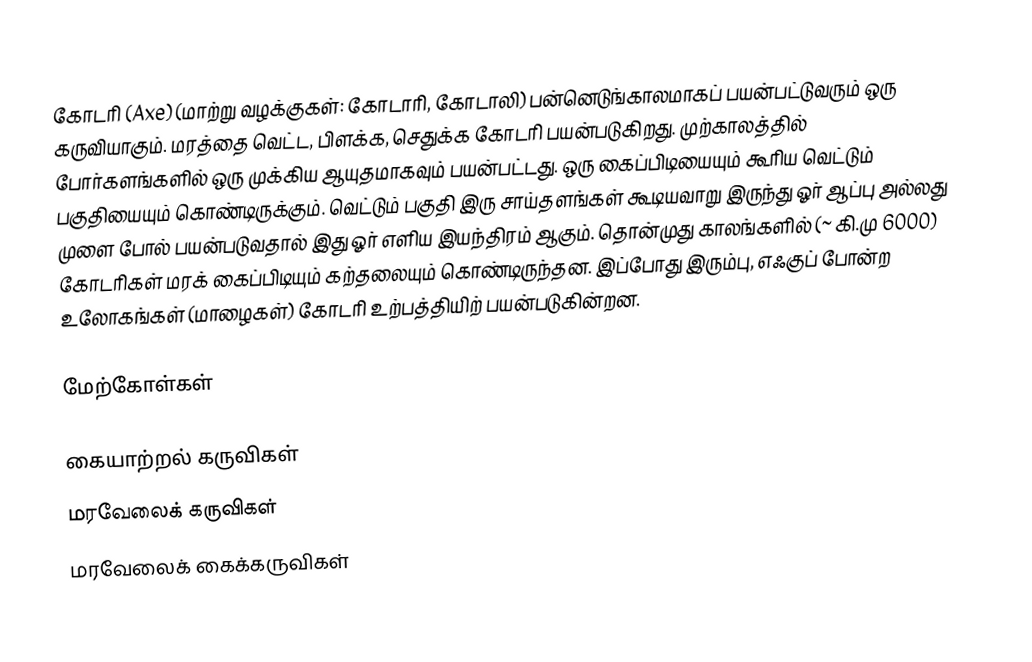
கோடரி (Axe) (மாற்று வழக்குகள்: கோடாரி, கோடாலி) பன்னெடுங்காலமாகப் பயன்பட்டுவரும் ஒரு கருவியாகும். மரத்தை வெட்ட, பிளக்க, செதுக்க கோடரி பயன்படுகிறது. முற்காலத்தில் போர்களங்களில் ஒரு முக்கிய ஆயுதமாகவும் பயன்பட்டது. ஒரு கைப்பிடியையும் கூரிய வெட்டும் பகுதியையும் கொண்டிருக்கும். வெட்டும் பகுதி இரு சாய்தளங்கள் கூடியவாறு இருந்து ஓர் ஆப்பு அல்லது முளை போல் பயன்படுவதால் இது ஓர் எளிய இயந்திரம் ஆகும். தொன்முது காலங்களில் (~ கி.மு 6000) கோடரிகள் மரக் கைப்பிடியும் கற்தலையும் கொண்டிருந்தன. இப்போது இரும்பு, எஃகுப் போன்ற உலோகங்கள் (மாழைகள்) கோடரி உற்பத்தியிற் பயன்படுகின்றன.

மேற்கோள்கள்

கையாற்றல் கருவிகள்
மரவேலைக் கருவிகள்
மரவேலைக் கைக்கருவிகள்